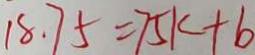
1 8 . 7 5 = 7 5 k + b